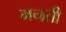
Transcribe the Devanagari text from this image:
मनती